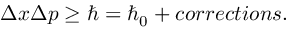
\Delta x \Delta p \ge \hbar = \hbar _ { 0 } + c o r r e c t i o n s .